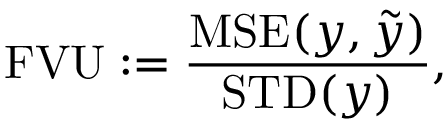
\mathrm { F V U } : = \frac { \mathrm { M S E } ( y , \tilde { y } ) } { \mathrm { S T D } ( y ) } ,